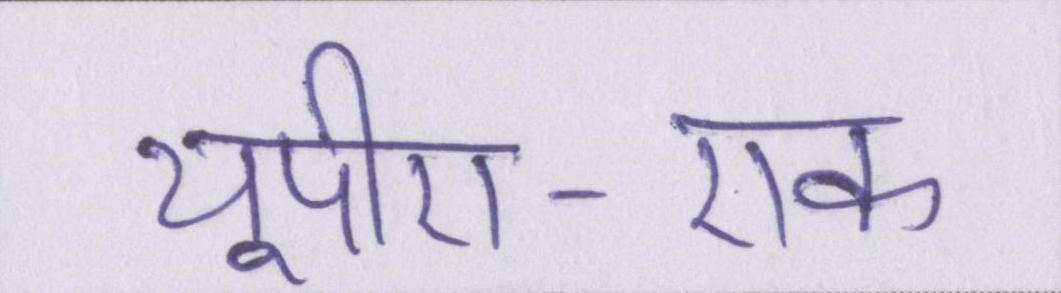
यूपीए-एक